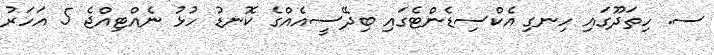
ސ. ހިތަދޫގައި ހިނގި އެކްސިޑެންޓެގައި ބިދޭސީއެއްގެ ކޮނޑު ހުޅު ނެއްޓިއްޖެ 5 އަހަރު